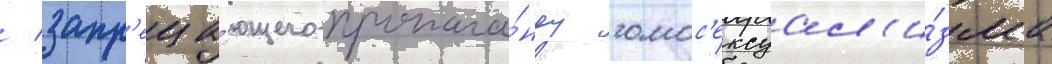
/ запр'еща́ющего пропага́нду гомос'ексуал'и́зма